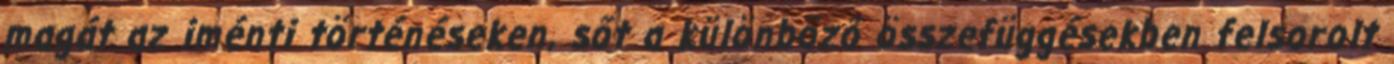
ma­gát az iménti történéseken, sőt a különböző összefüggésekben fel­sorolt